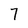
Character: 7